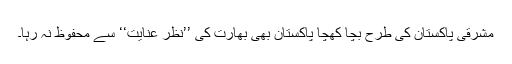
مشرقی پاکستان کی طرح بچا کھچا پاکستان بھی بھارت کی ’’نظرِ عنایت‘‘ سے محفوظ نہ رہا۔